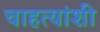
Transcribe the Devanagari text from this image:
चाहत्यांशी